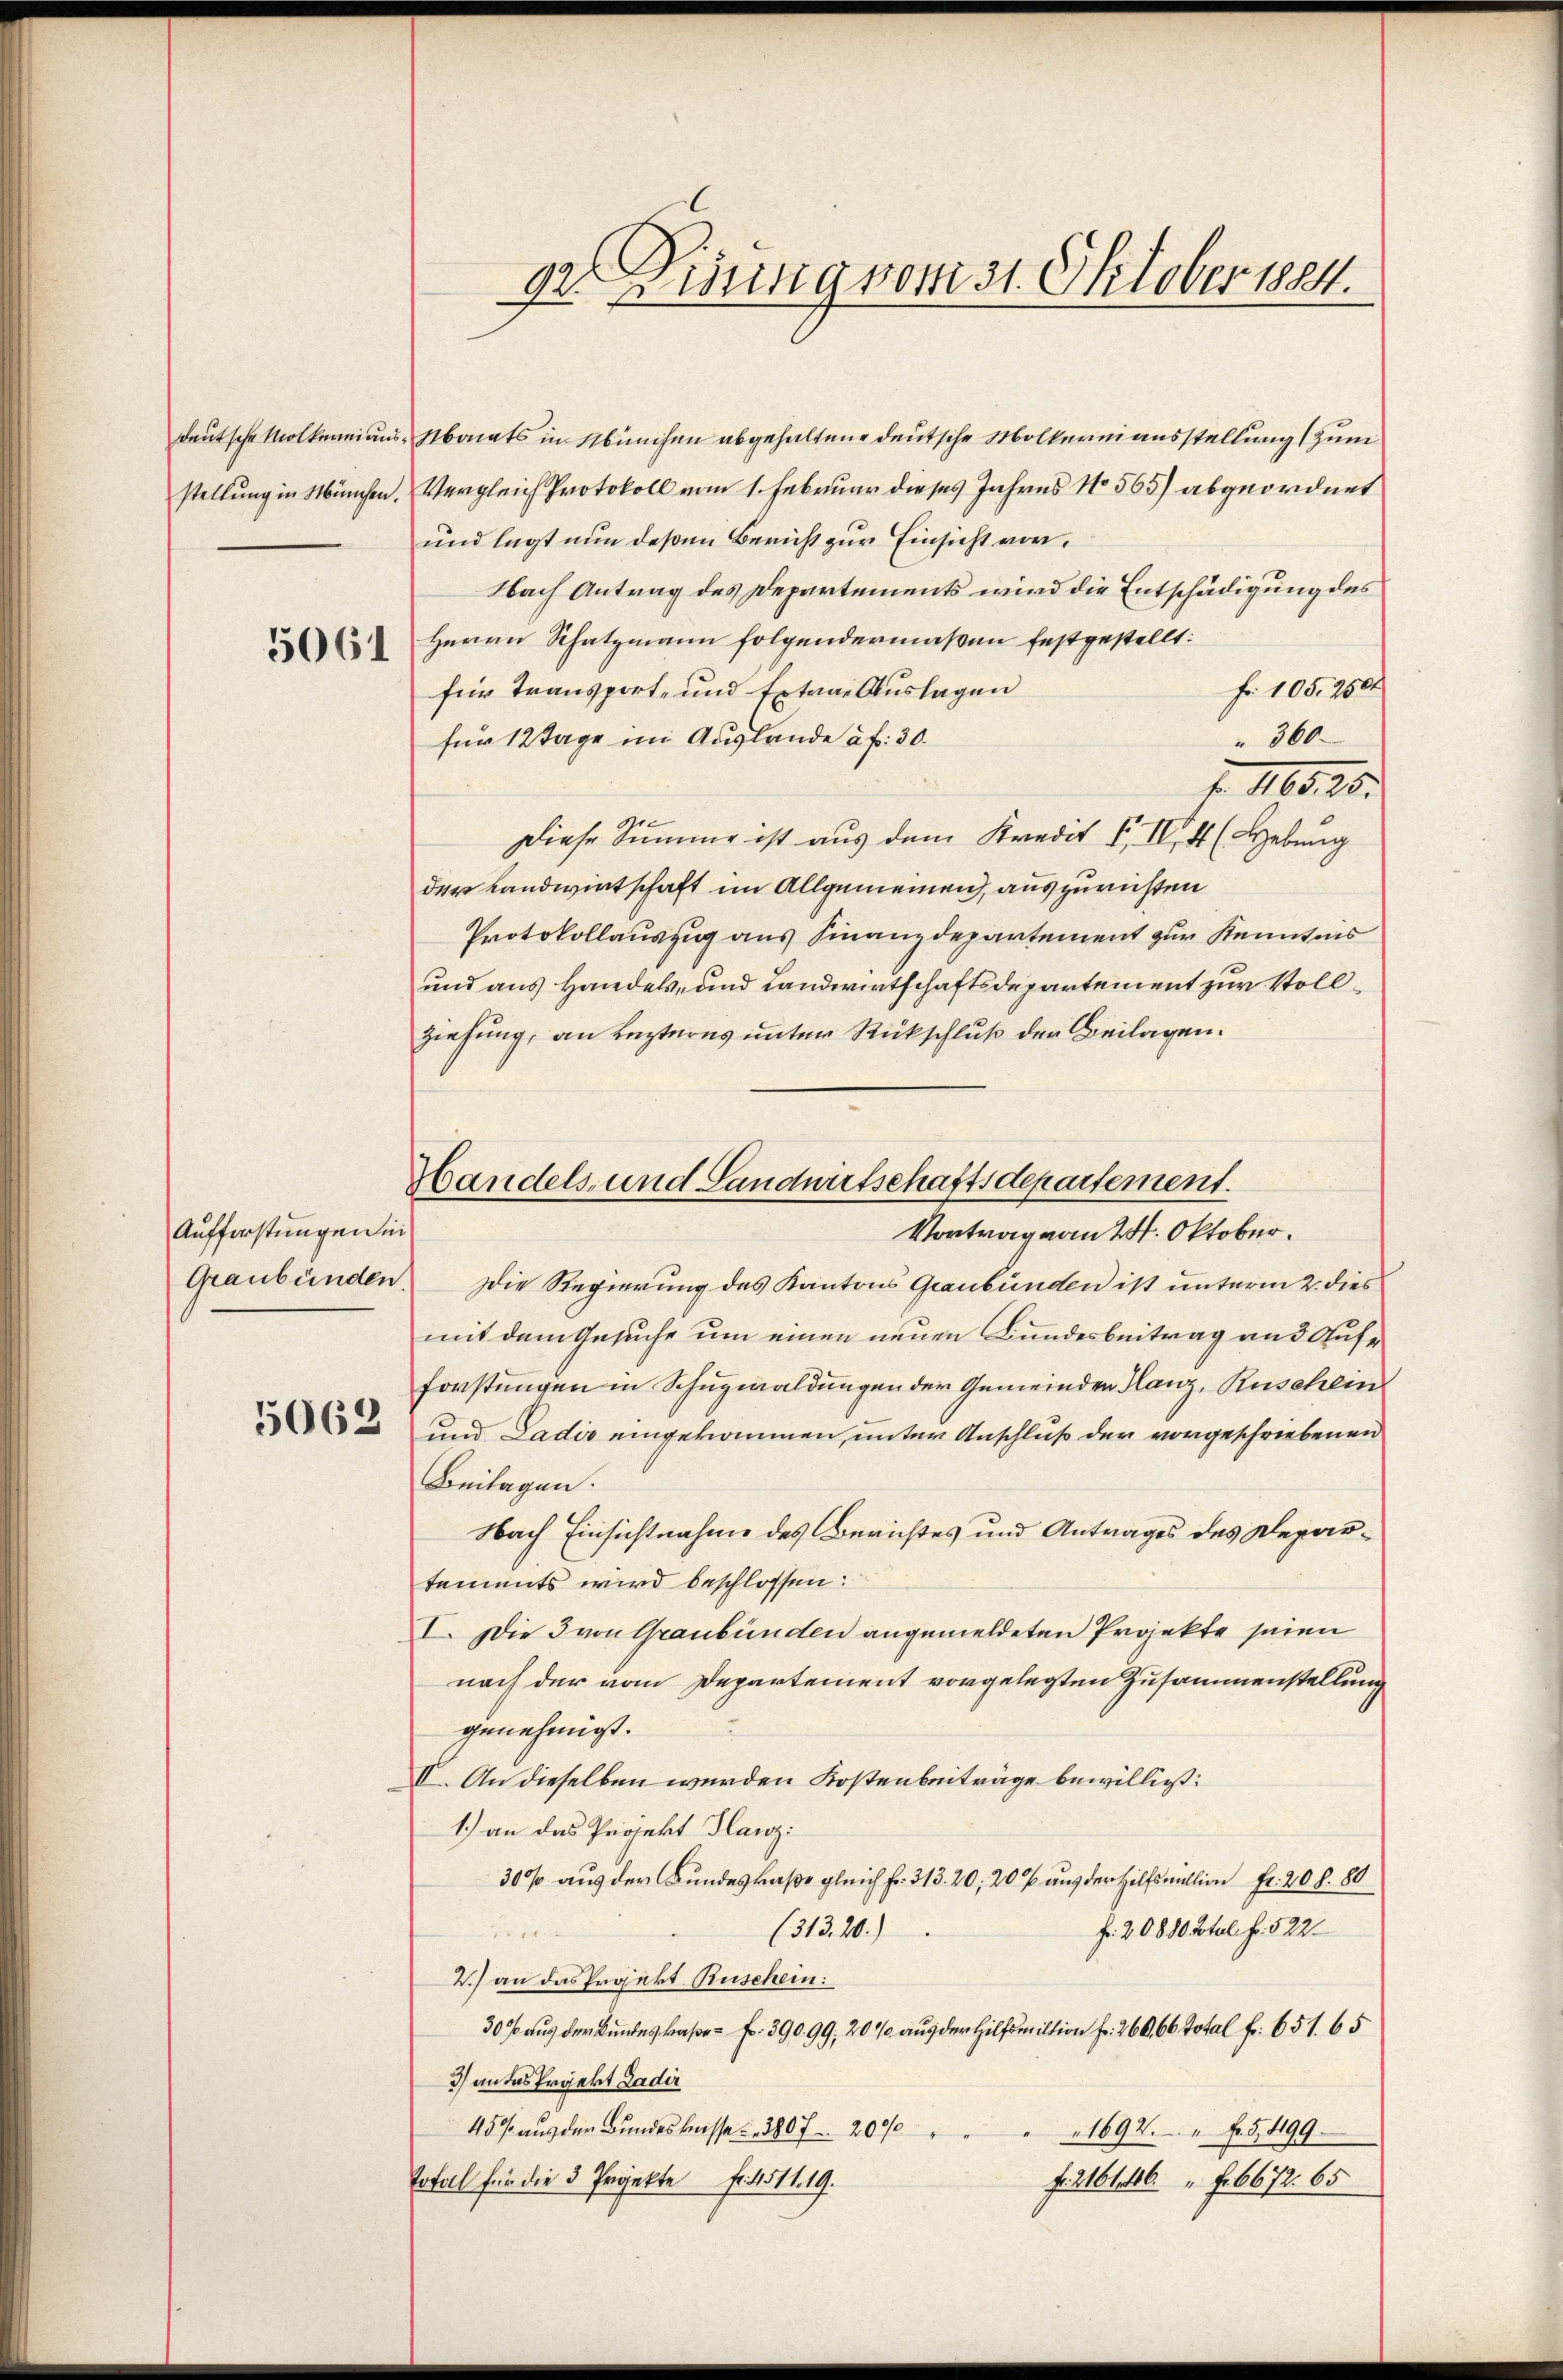
stellung in München.

5061

Aufforstungen in
Graubünden.

de. Denung vom 31. Oktober 1884.

deutsche Molkerniaus-Monats in München abgehaltene deutsche Mölkerniausstellung (zum
Vergleich Protokoll vom 1. Februar dieses Jahres No 565) abgeordnet
und legt nun deßen Bericht zur Einsicht vor.
Nach Antrag des Departements wird die Entschädigung des
Herrn Schatzmann folgendermaßen festgestellt:
Fr. 105. 2500
für Transport- und Extrae Auslagen
360
für 12 Tage im Auslande à f: 30.
f. 1165. 25.
Diese Summe ist aus dem Kredit F. IV 4 (Hebung
der Landwirtschaft im Allgemeinen, auszurichten
Protokollauszug aus Finanzdepartement zur Kenntnis
und aus Handels- und Landwirtschaftsdepartement zur Vollziehung, an Lezteres unter Rückschluß der Beilagen.

Handels und Landwirtschaftsdepartement.
Vortrag von 24. Oktober.

Die Regierung des Kantons Graubünden ist unterm 2. dies
mit dem Gesuche um einen neuen Bundesbeitrag an d Aufe
forstungen in Schuzwaldungen der Gemeinden Hanz, Ruschein
2 und Ladis eingekommen, unter Anschluß der vorgeschriebenen
Beilagen.
Nach Einsichtnahme des Berichtes und Antrages des Departements wird beschlossen:
I. Die 3 von Graubünden angemeldeten Projekte seien
nach der vom Departement vorgelegten Zusammenstellung
genehmigt.
II. An dieselben werden Kostenbeiträge bewilligt:
1.) an das Projekt Flanz
300 aus der Bundeskaße gleich fr. 313. 20, 20 % aus der Hilfsmillion Fr. 20 l. 80
(313. 20.)
fr. 20830 Btul f. 522.
2.) an das Projekt Ruschein:
30 f aus der Bundeskaße - Fr. 390. 99, 20 % aus der Hilfsmiltion fr. 260, 66 Total fr. 651. 65
3) an das Präekt Ladir
45 aus der Bundeskasse 300 f 2000
1692 f. 5499
Total für die 3 Projekte fr. 4511. 19.
f. 216146 f. 6672. 65